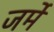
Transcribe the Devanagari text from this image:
जर्मे